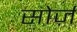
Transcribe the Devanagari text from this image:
सोर्ज़